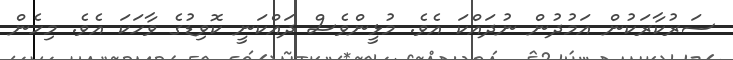
ސަރުކާރަކުން އަމުދުން ނުދައްކަ އެވެ. މުޅީންވެސް ދައްކަނީ ކޮވިޑުގެ ވާހަކަ އެވެ. މިހެން